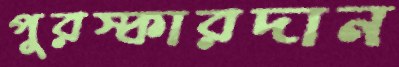
পুরস্কারদান